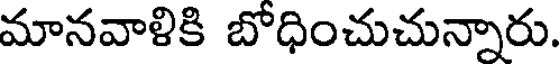
మానవాళికి బోధించుచున్నారు.